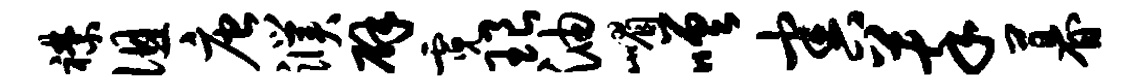
襟徂唐濮辟霓琅油嵋嗟害萃暮